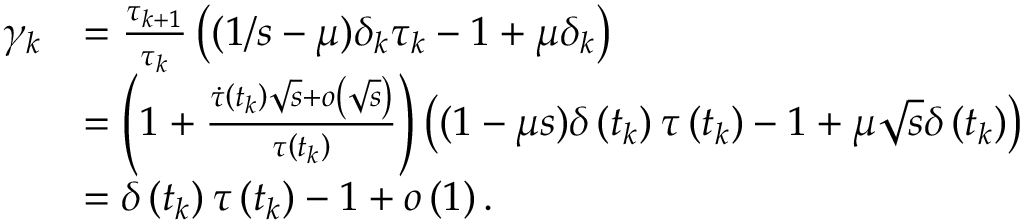
\begin{array} { r l } { \gamma _ { k } } & { = \frac { \tau _ { k + 1 } } { \tau _ { k } } \left( ( 1 / s - \mu ) \delta _ { k } \tau _ { k } - 1 + \mu \delta _ { k } \right) } \\ & { = \left( 1 + \frac { \dot { \tau } \left( t _ { k } \right) \sqrt { s } + o \left( \sqrt { s } \right) } { \tau \left( t _ { k } \right) } \right) \left( ( 1 - \mu s ) \delta \left( t _ { k } \right) \tau \left( t _ { k } \right) - 1 + \mu \sqrt { s } \delta \left( t _ { k } \right) \right) } \\ & { = \delta \left( t _ { k } \right) \tau \left( t _ { k } \right) - 1 + o \left( 1 \right) . } \end{array}